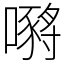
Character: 𡁷